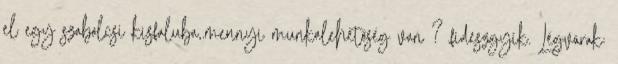
el egy szabolcsi kisfaluba,.mennyi munkalehetőség van ? fideszgyík. Légvárak: